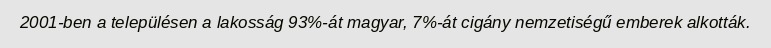
2001-ben a településen a lakosság 93%-át magyar, 7%-át cigány nemzetiségű emberek alkották.